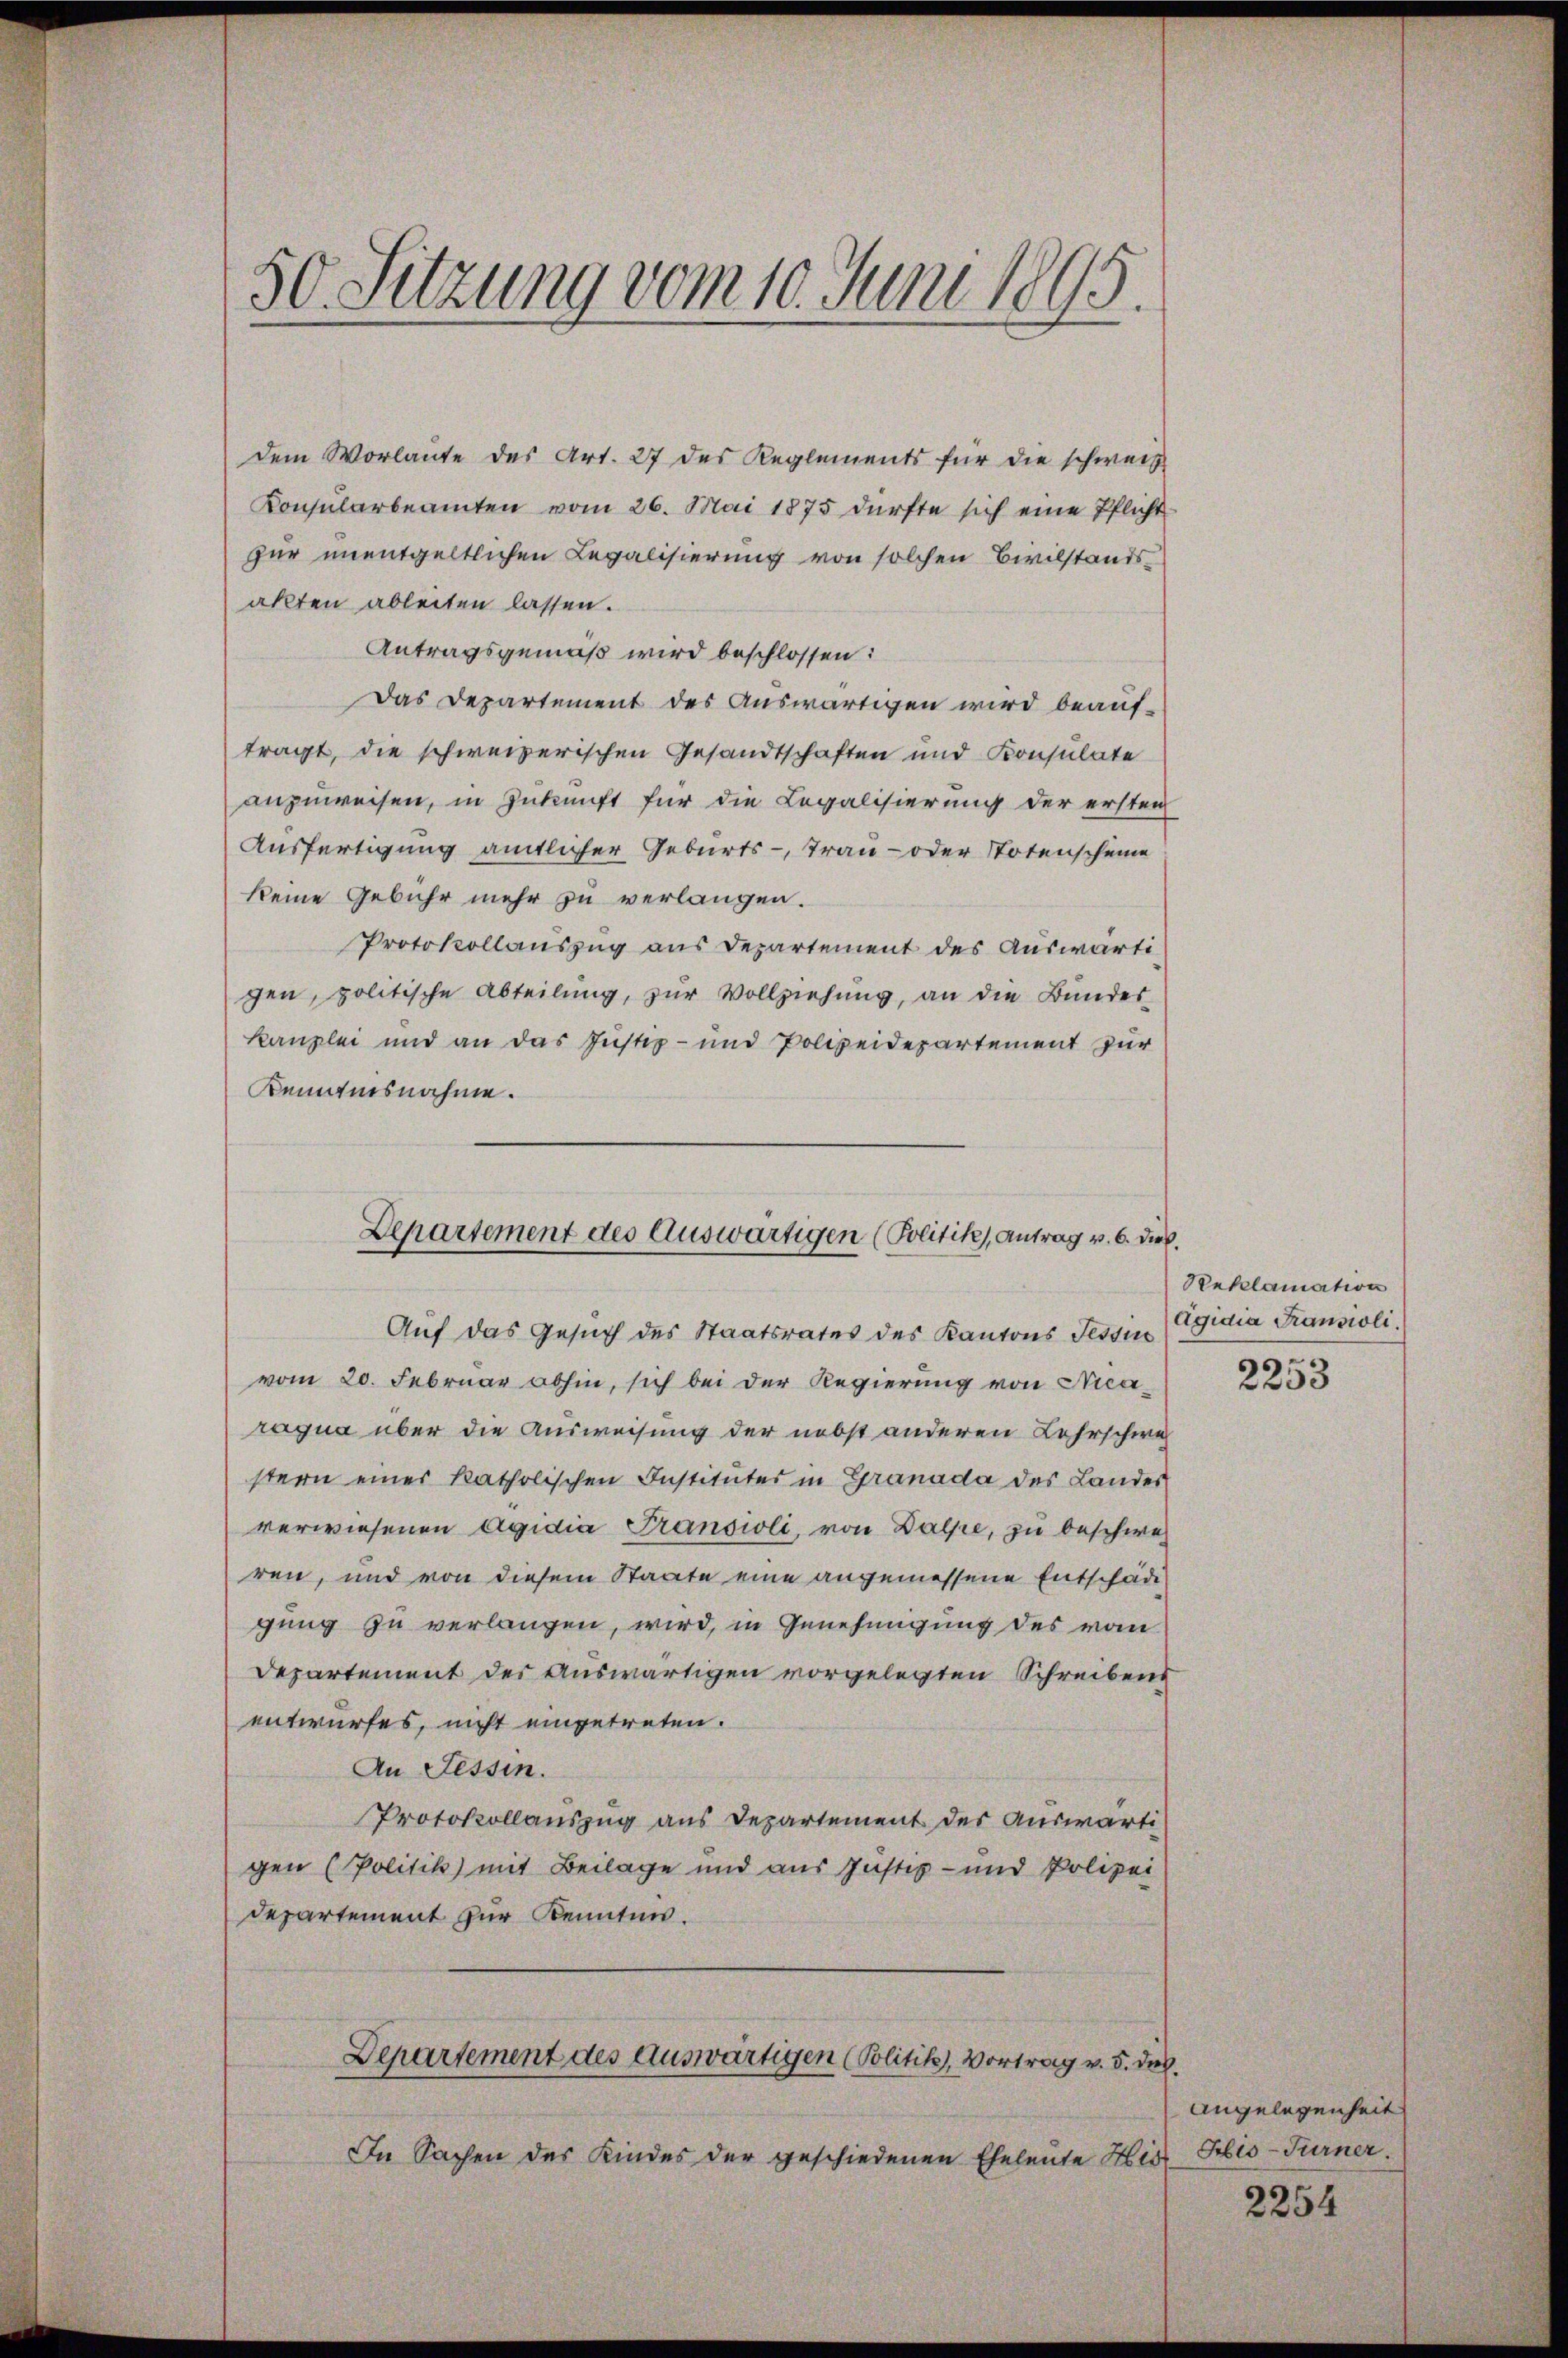
50 Sitzung vom 10. Juni 1895

dem Vorlaute des Art. 27 des Reglements für die schweiz
Konsularbeamten vom 26. Mai 1875 dürfte sich eine Pflicht
für unentgeltlichen Legalisierung von solchen Civilstands
akten ableiten lassen.
Antragsgemäß wird beschlossen:
Das Departement des Auswärtigen wird beauf-
tragt, die schweizerischen Gesandtschaften und Konsulate
anzuweisen, in Zukunft für die Legalisierung der ersten
Ausfertigung amtlicher Geburts-Tran- oder Totenscheine
keine Gebühr mehr zu verlangen.
Protokollauszug aus Departement des Auswärti
gen, politische Abteilung, zur Vollziehung, an die Bundes-
kanzlei und an das Justiz- und Polizeidepartement zur
Kenntnisnahme.
Auf das Gesuch des Staatsrates des Kantons Tessin
vom 20. Februar abhin, sich bei der Regierung von Nicaragna über die Ausweisung der nebst anderen Lehrschwestern einer katholischen Institutes in Granada des Landes
verwiesenen Ägidia Transioli, von Dalpe, zu beschwe
ren, und von diesem Staate eine angemessene Entschäde
gung zu verlangen, wird, in Genehmigung des vom
Departement des Auswärtigen vorgelegten Schreibens
entwurfes, nicht eingetreten.
An Fessen.
Protokollauszug aus Departement der Auswärti
gen (Politik) mit Beilage und aus Justiz- und Polizei
Departement zur Kennten.
Departement des auswärtigen (Politik, Vortrag v. 5. des
In Sachen des Kindes der geschiedenen Eheleute His

Departement des Auswärtigen (Politik, Antrag v. 6. dies

Reklamation
Agidia Transioli.

2253

Angelegenheit
Sbis-Turner.

2254